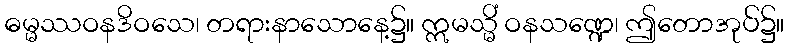
ဓမ္မဿဝနဒိဝသေ၊ တရားနာသောနေ့၌။ ဣမသ္မိံ ဝနသဏ္ဍေ၊ ဤတောအုပ်၌။